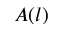
A ( l )